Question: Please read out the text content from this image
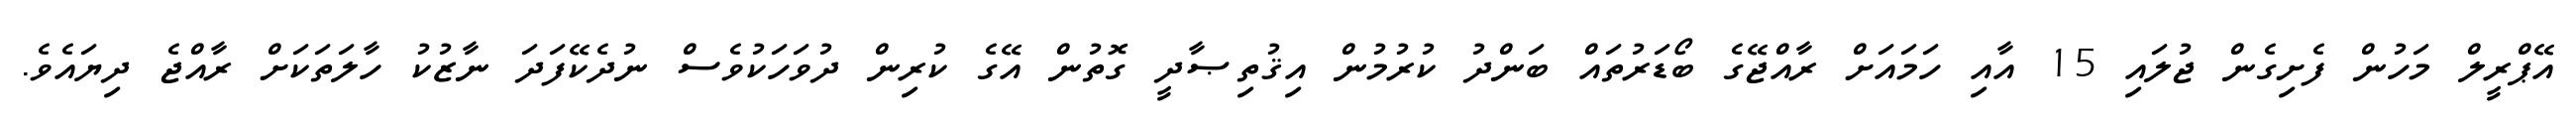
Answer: އޭޕްރީލް މަހުން ފެށިގެން ޖުލައި 15 އާއި ހަމައަށް ރާއްޖޭގެ ބޯޑަރުތައް ބަންދު ކުރުމުން އިޤުތިޞާދީ ގޮތުން އޭގެ ކުރިން ދުވަހަކުވެސް ނުދެކޭފަދަ ނާޒުކު ހާލަތަކަށް ރާއްޖެ ދިޔައެވެ.